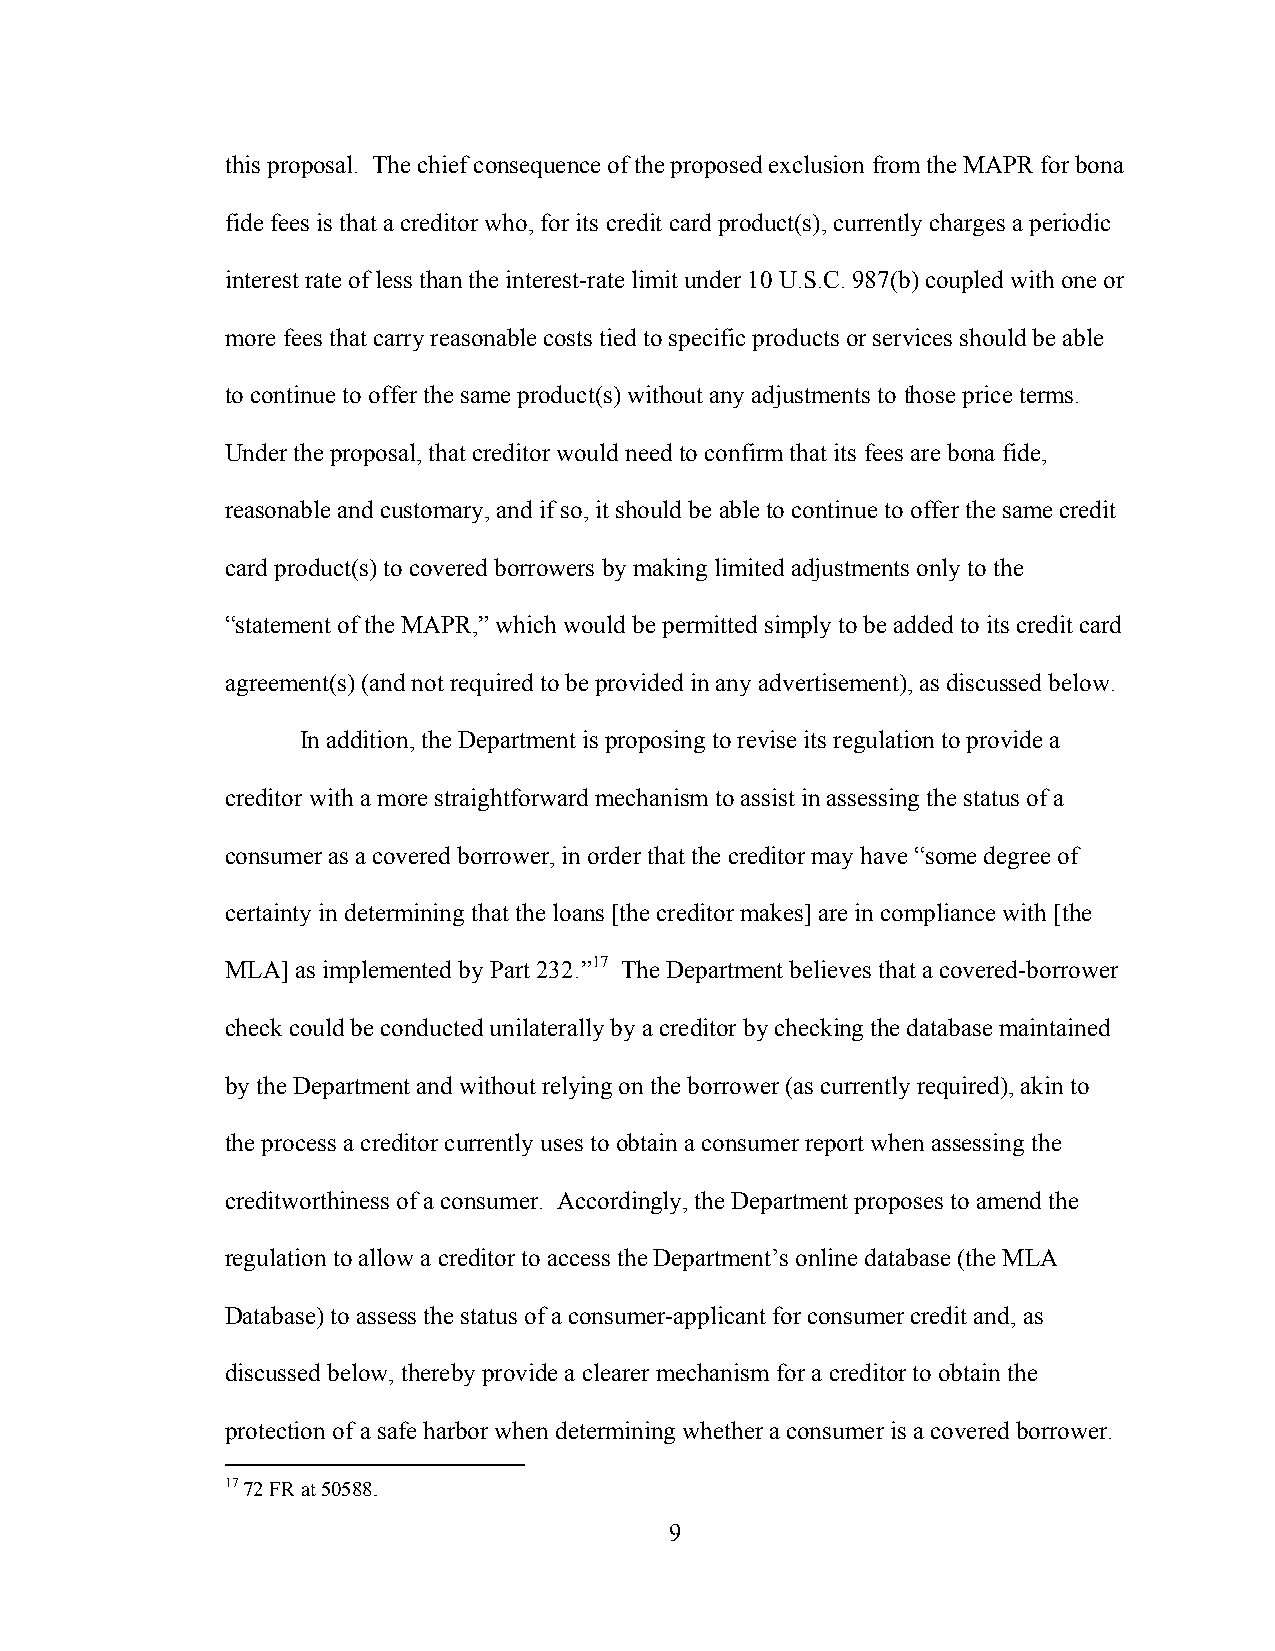
this proposal. The chief consequence of the proposed exclusion from the MAPR for bona
 fide fees is that a creditor who, for its credit card product(s), currently charges a periodic
 interest rate of less than the interest-rate limit under 10 U.S.C. 987(b) coupled with one or
 more fees that carry reasonable costs tied to specific products or services should be able
 to continue to offer the same product(s) without any adjustments to those price terms.
 Under the proposal, that creditor would need to confirm that its fees are bona fide,
 reasonable and customary, and if so, it should be able to continue to offer the same credit
 card product(s) to covered borrowers by making limited adjustments only to the
 “statement of the MAPR,” which would be permitted simply to be added to its credit card
 agreement(s) (and not required to be provided in any advertisement), as discussed below.
 In addition, the Department is proposing to revise its regulation to provide a
 creditor with a more straightforward mechanism to assist in assessing the status of a
 consumer as a covered borrower, in order that the creditor may have “some degree of
 certainty in determining that the loans [the creditor makes] are in compliance with [the
 MLA] as implemented by Part 232.”17 The Department believes that a covered-borrower
 check could be conducted unilaterally by a creditor by checking the database maintained
 by the Department and without relying on the borrower (as currently required), akin to
 the process a creditor currently uses to obtain a consumer report when assessing the
 creditworthiness of a consumer. Accordingly, the Department proposes to amend the
 regulation to allow a creditor to access the Department’s online database (the MLA
 Database) to assess the status of a consumer-applicant for consumer credit and, as
 discussed below, thereby provide a clearer mechanism for a creditor to obtain the
 protection of a safe harbor when determining whether a consumer is a covered borrower.
 17 72 FR at 50588.
 9